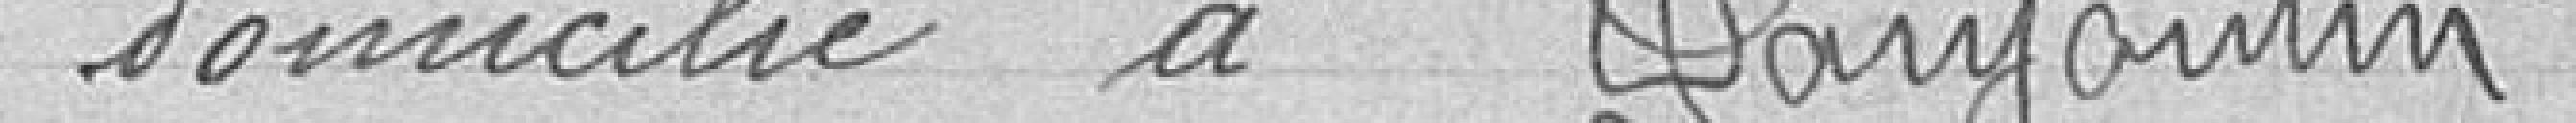
domicilié à Danjoutin